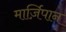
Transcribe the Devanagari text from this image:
मार्ज़िपान